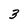
Character: 3